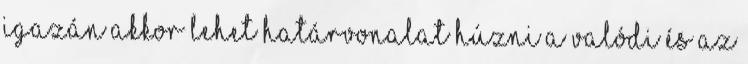
igazán akkor lehet határvonalat húzni a valódi és az